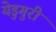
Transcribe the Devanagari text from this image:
येडुगुरी